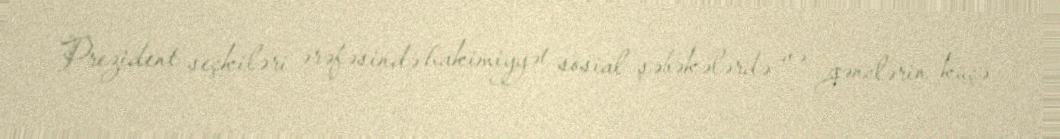
Prezident seçkiləri ərəfəsində hakimiyyət sosial şəbəkələrdə və gənclərin küçə